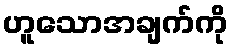
ဟူသောအချက်ကို